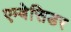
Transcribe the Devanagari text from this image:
एम्बेसिडर